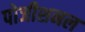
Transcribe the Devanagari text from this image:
पोजीशनल